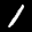
Label: 1